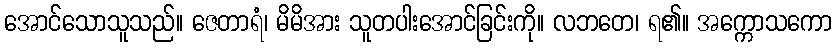
အောင်သောသူသည်။ ဇေတာရံ၊ မိမိအား သူတပါးအောင်ခြင်းကို။ လဘတေ၊ ရ၏။ အက္ကောသကော